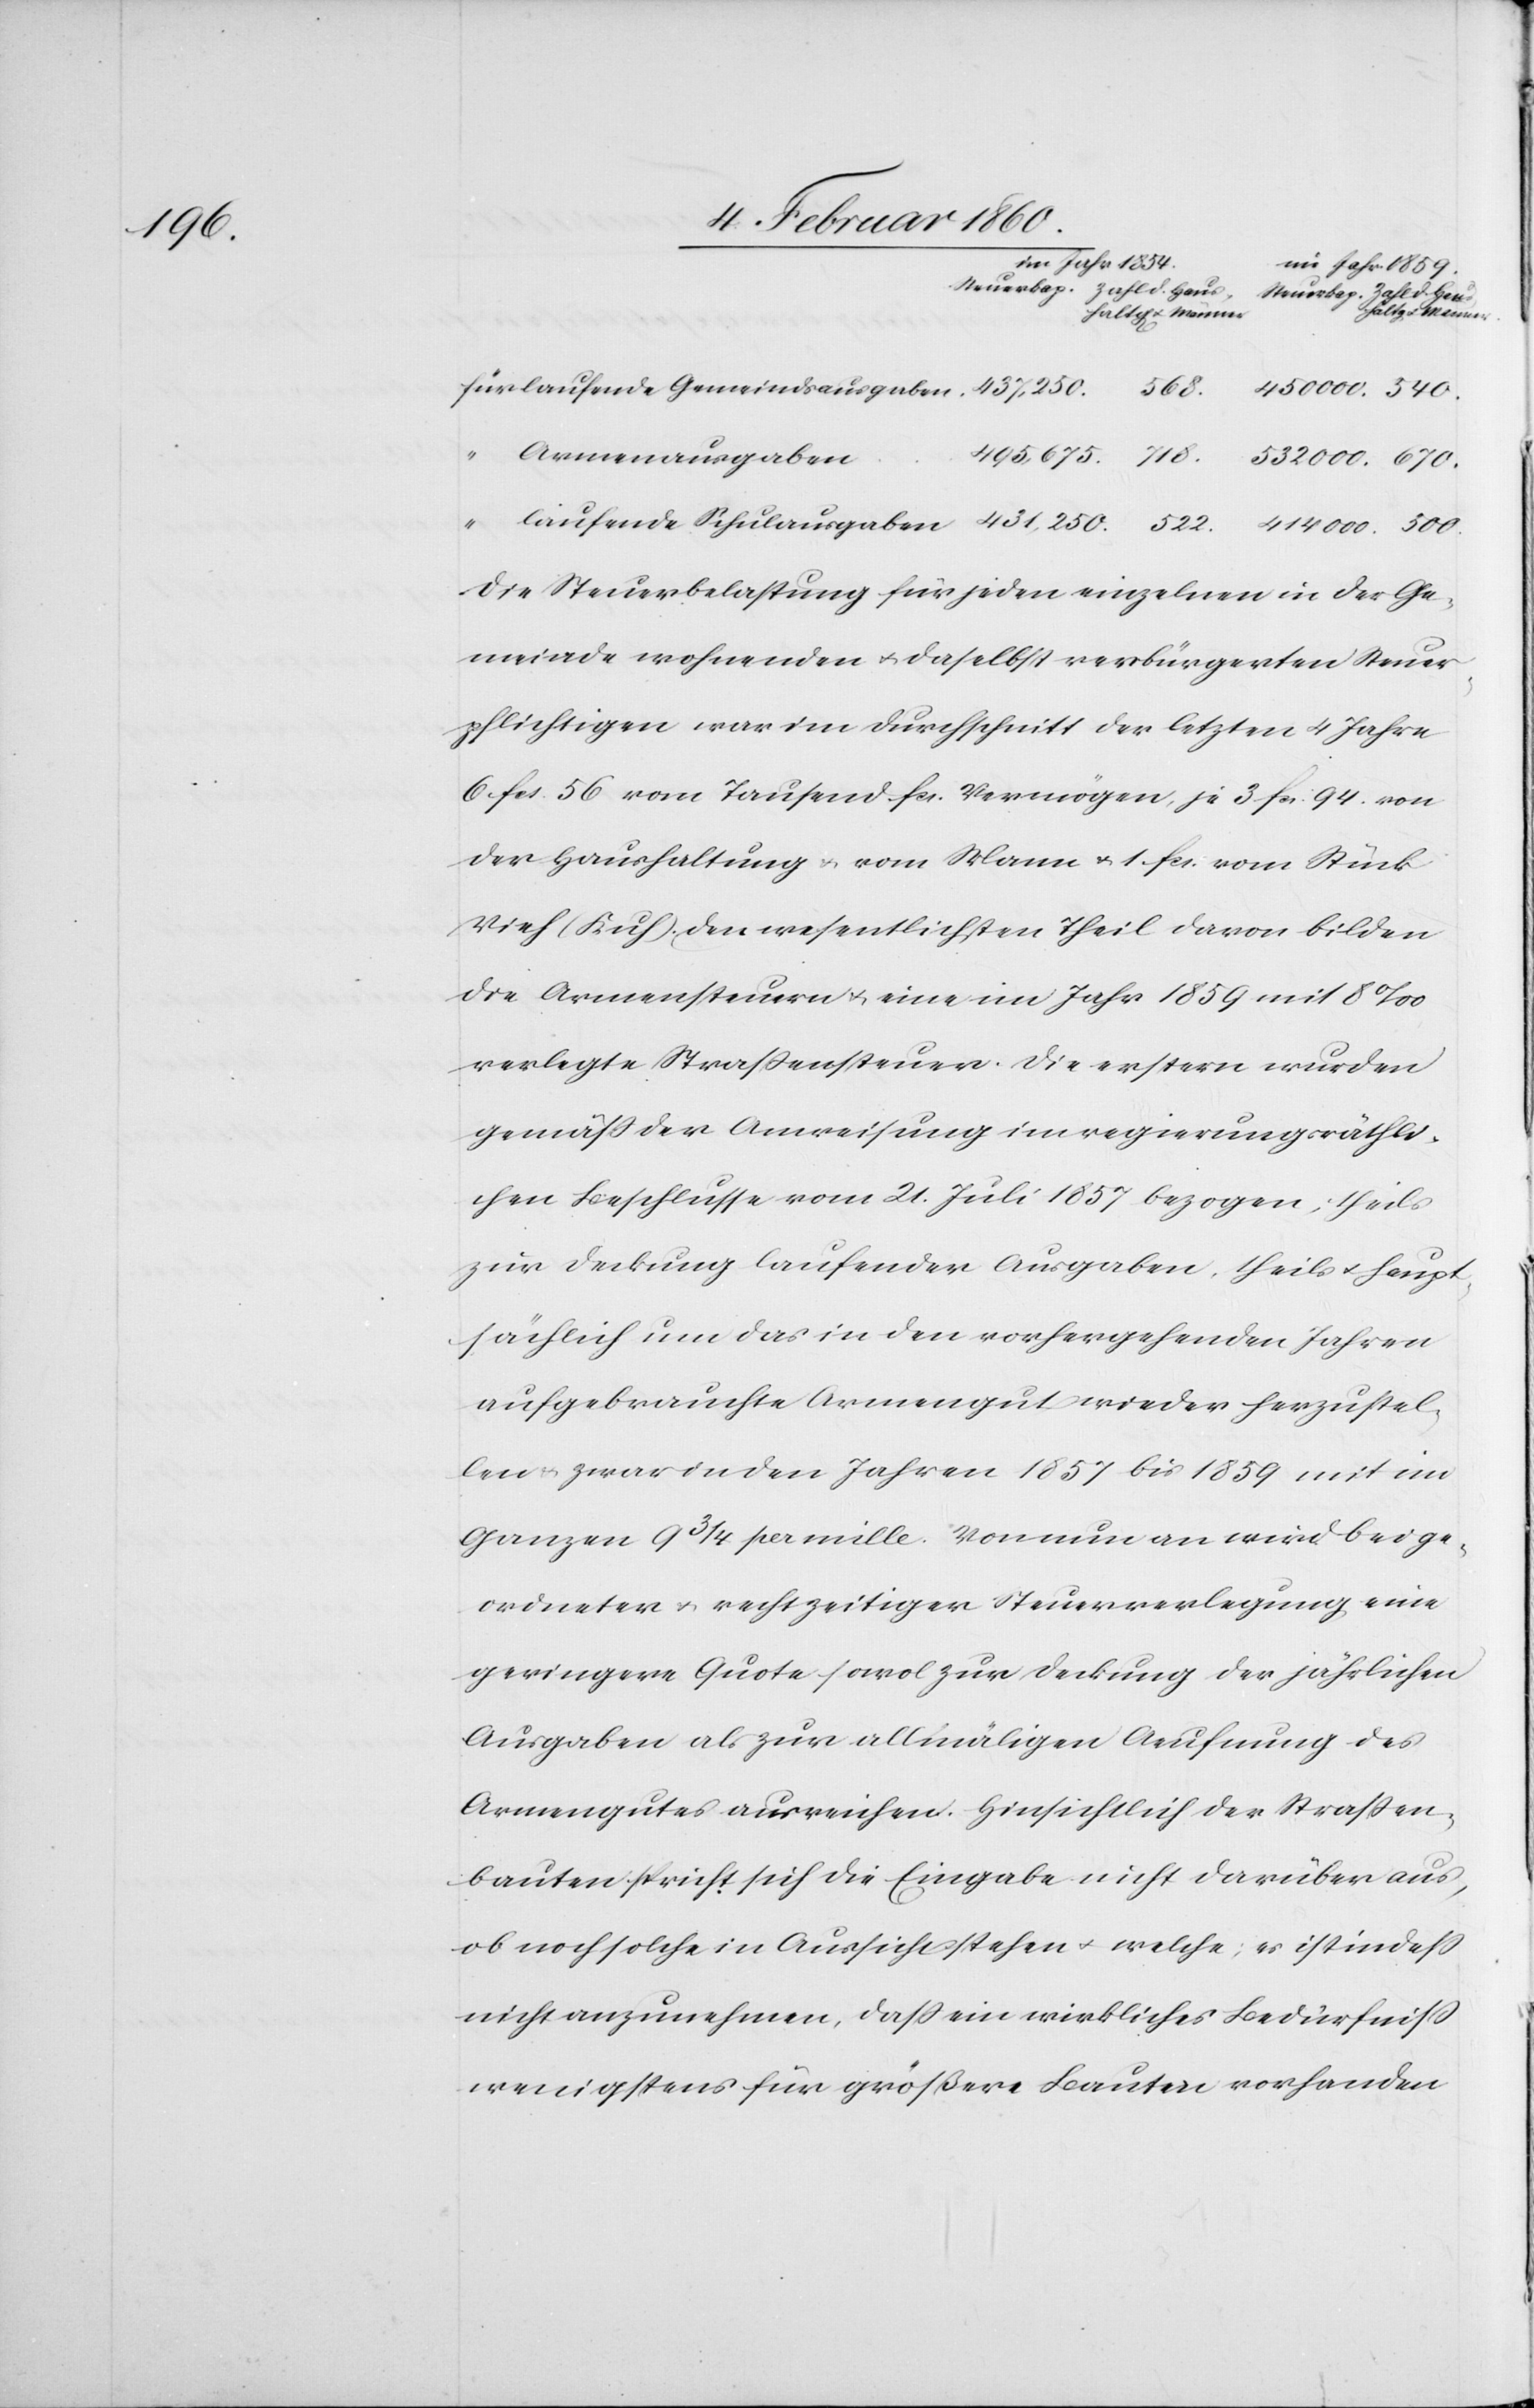
500.

Im Jahr 1854.
im Jahr 1859.
522.
Armenausgaben
Die Steuerbelastung für jeden einzelnen in der Ge¬
meinde wohnenden u. daselbst verbürgerten Steuer¬
pflichtigen war im Durchschnitt der letzten 4 Jahre
6. fcs. 56 vom Tausend fcs. Vermögen, je 3. fcs. 94. von
der Haushaltung u. vom Mann, 1. fcs. vom Stück
Vieh (Kuh). Den wesentlichen Theil davon bilden
die Armensteuern u. eine im Jahr 1859 mit 8‰
verlegte Strassensteuer. Die ersten wurden
gemäss der Anweisung im regierungsräthli¬
chen Beschlusse vom 21. Juli 1857 bezogen, theils
zur Deckung laufender Ausgaben, theils u. haupt¬
sächlich um das in den vorhergehenden Jahren
aufgebrauchte Armengut wider herzustel¬
len u. zwar in den Jahren 1857 bis 1859 mit im
Ganzen 9 3/4 per mille. Von nun an wird bei ge¬
ordneter u. rechtzeitiger Steuerverlegung eine
geringere Quote sowol zur Deckung der jährlichen
Ausgaben als zur allmäligen Aeufnung des
Armengutes ausreichen. Hinsichtlich der Strassen¬
bauten spricht sich die Eingabe nicht darüber aus,
ob noch solche in Aussicht stehen u. welche, es ist indess
nicht anzunehmen, dass ein wirkliches Bedürfniss
wenigstens für größere Bauten vorhanden